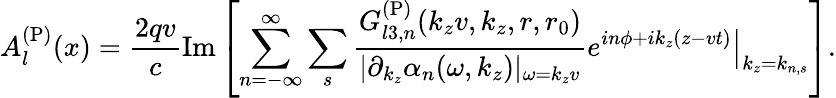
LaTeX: A_{l}^{\mathrm{(P)}}(x)=\frac{2qv}{c}\mathrm{Im}\left[\sum_{n=-\infty}^{\infty}\sum_{s}\frac{G_{l3,n}^{\mathrm{(P)}}(k_{z}v,k_{z},r,r_{0})}{|\partial_{k_{z}}\alpha_{n}(\omega,k_{z})|_{\omega=k_{z}v}}\left.e^{in\phi+ik_{z}(z-vt)}\right\vert_{k_{z}=k_{n,s}}\right].